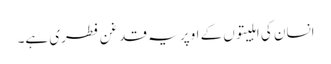
انسان کی اہلیتوں کے اوپر یہ قدغن فطری ہے۔